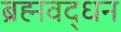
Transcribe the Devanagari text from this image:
ब्रह्मवद्धन